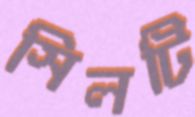
সিলটি